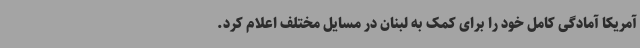
آمریکا آمادگی کامل خود را برای کمک به لبنان در مسایل مختلف اعلام کرد.